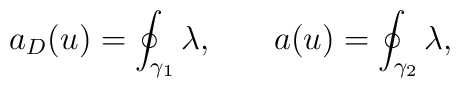
a_{D}(u)=\oint_{\gamma_{1}}\lambda, \: \: \: \: \: \: \: \:a(u)=\oint_{\gamma_{2}}\lambda,